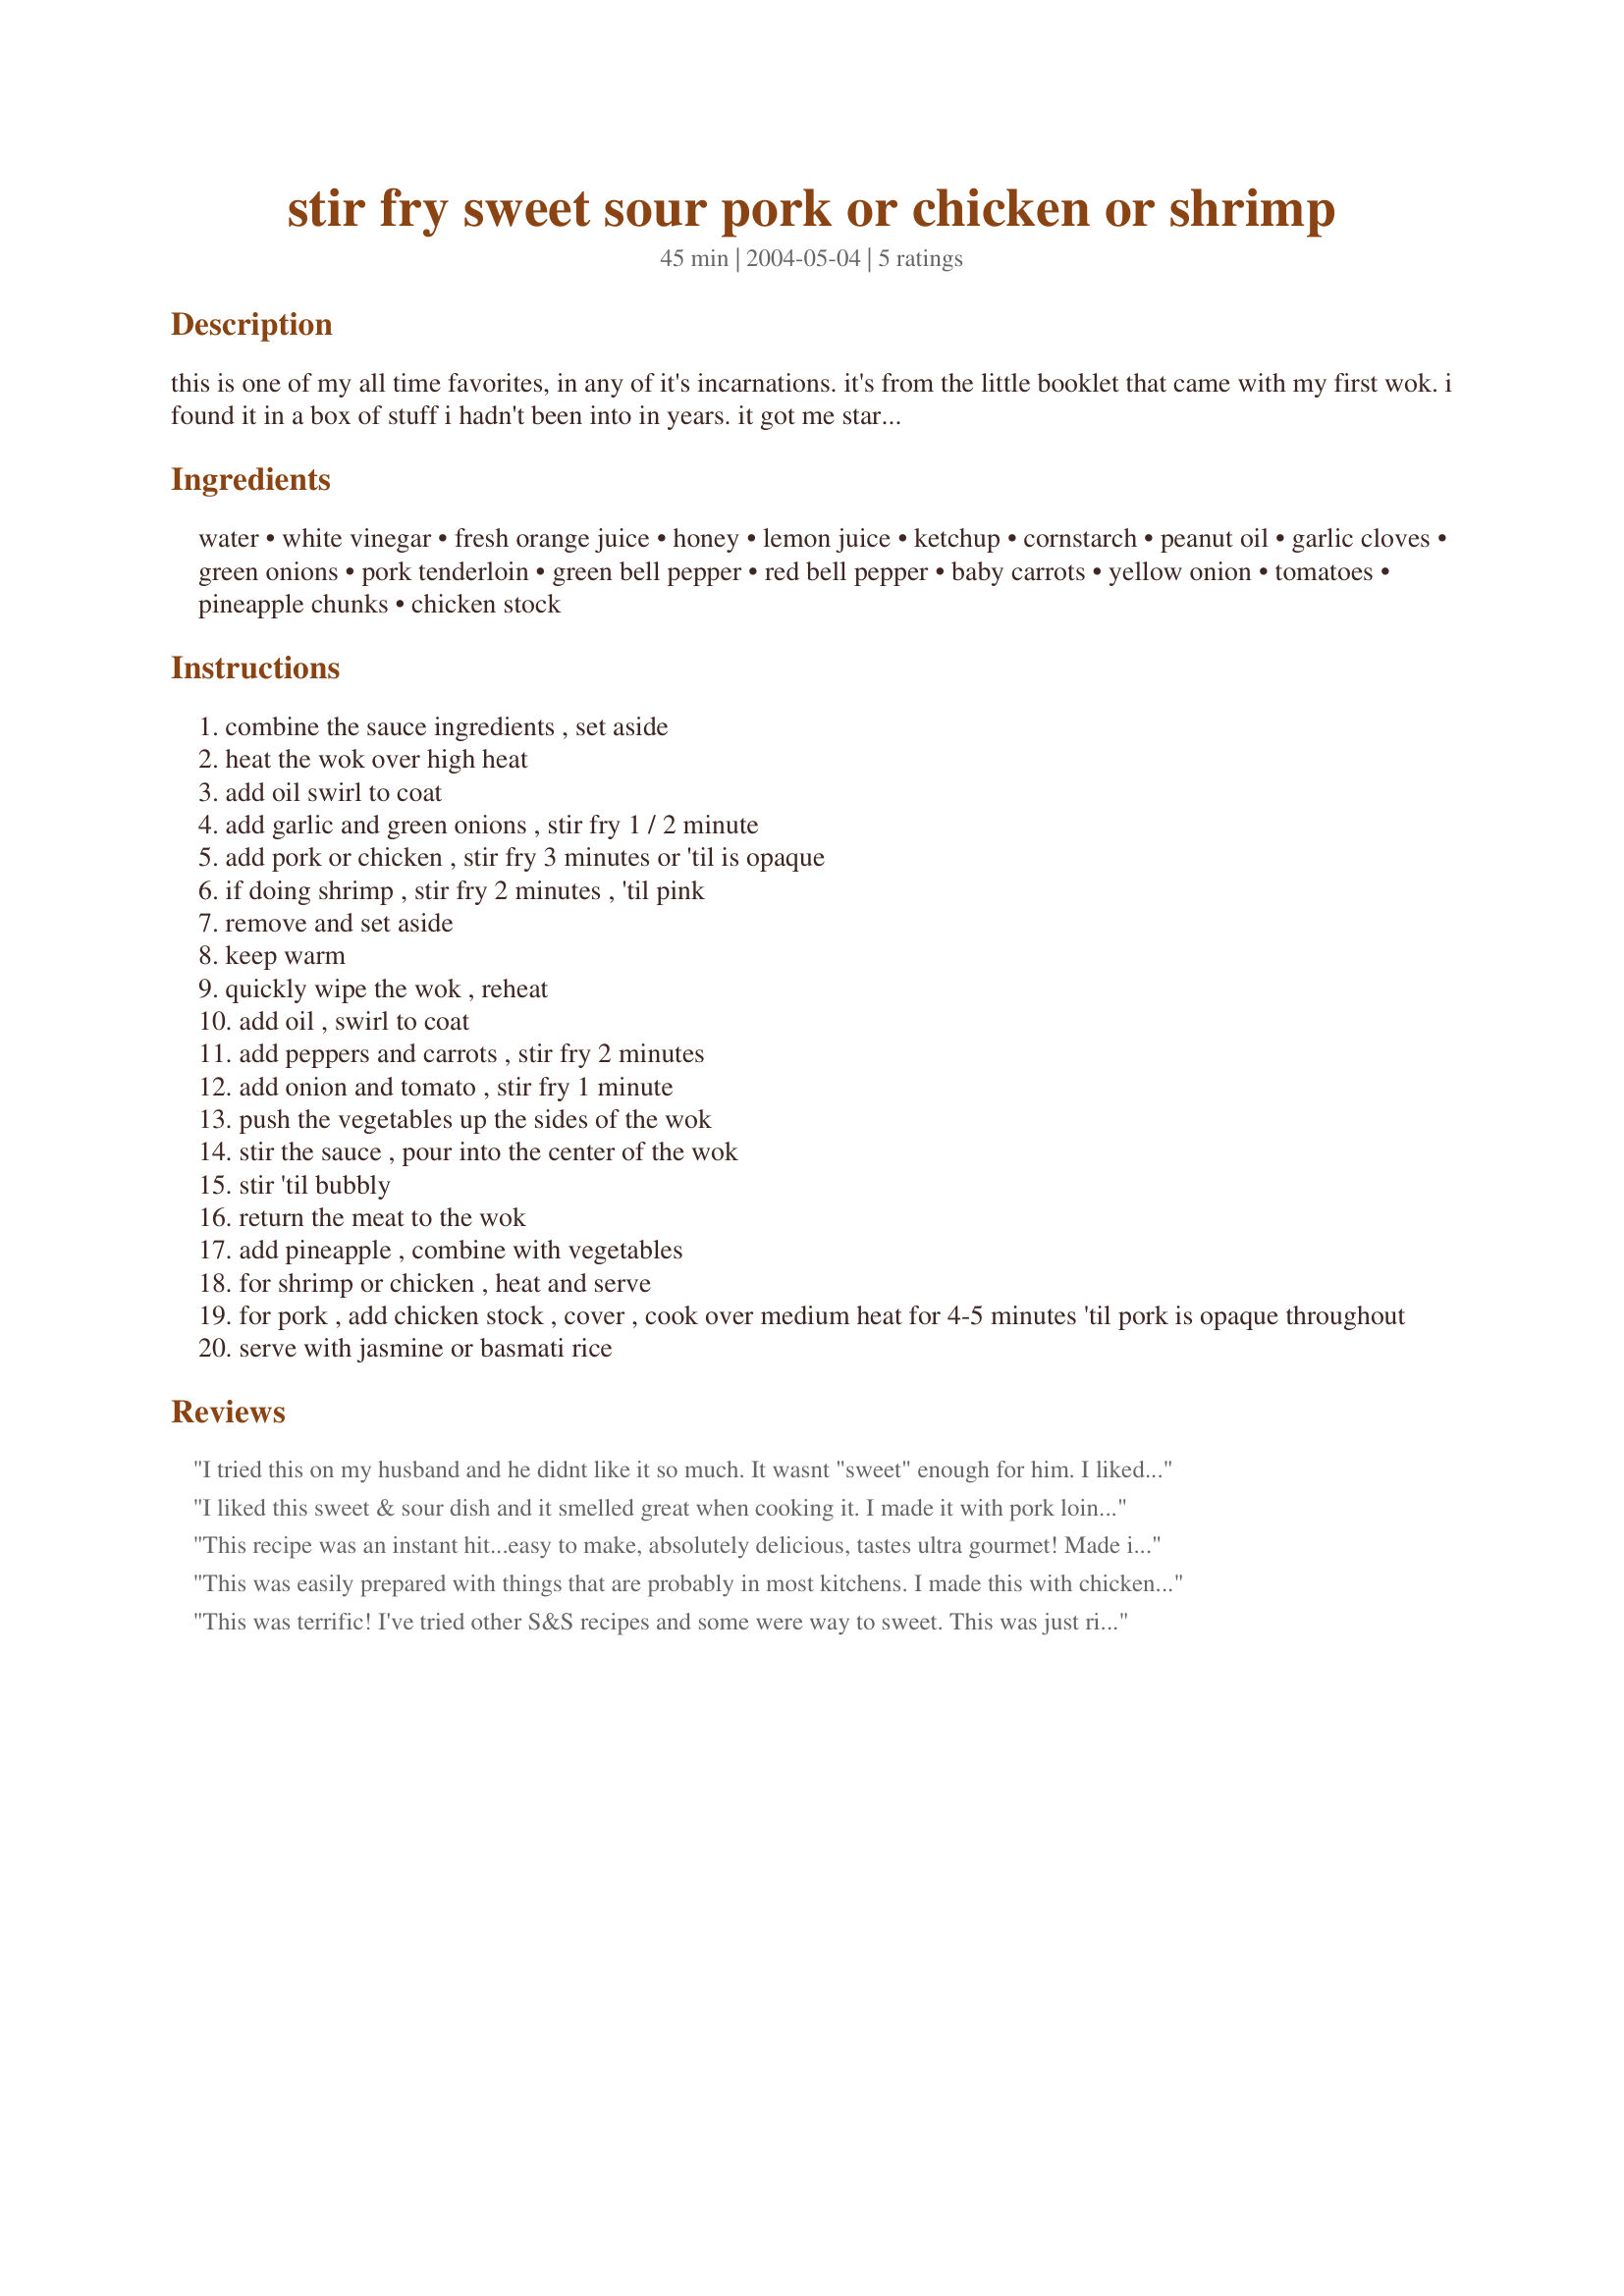
stir fry sweet sour pork or chicken or shrimp
Preparation time: 45 minutes

this is one of my all time favorites, in any of it's incarnations. it's from the little booklet that came with my first wok. i found it in a box of stuff i hadn't been into in years. it got me started on a stir fry binge. it's been fun to relive some of the fun i've had learning to stir fry. like most stir fries this one's quick, easy, and delicious. yield, prep, and cooking times are a guess.

Ingredients:
water, white vinegar, fresh orange juice, honey, lemon juice, ketchup, cornstarch, peanut oil, garlic cloves, green onions, pork tenderloin, green bell pepper, red bell pepper, baby carrots, yellow onion, tomatoes, pineapple chunks, chicken stock

Steps:
combine the sauce ingredients , set aside
heat the wok over high heat
add oil swirl to coat
add garlic and green onions , stir fry 1 / 2 minute
add pork or chicken , stir fry 3 minutes or 'til is opaque
if doing shrimp , stir fry 2 minutes , 'til pink
remove and set aside
keep warm
quickly wipe the wok , reheat
add oil , swirl to coat
add peppers and carrots , stir fry 2 minutes
add onion and tomato , stir fry 1 minute
push the vegetables up the sides of the wok
stir the sauce , pour into the center of the wok
stir 'til bubbly
return the meat to the wok
add pineapple , combine with vegetables
for shrimp or chicken , heat and serve
for pork , add chicken stock , cover , cook over medium heat for 4-5 minutes 'til pork is opaque throughout
serve with jasmine or basmati rice

Reviews:
I tried this on my husband and he didnt like it so much. It wasnt "sweet" enough for him. I liked the flavors, but I found the cornstarch a bit overwhelming on the pork.
I liked this sweet & sour dish and it smelled great when cooking it. I made it with pork loin chops and did add the chicken stock, but I think it would have been better to have left it out so the sauce was thicker and less diluted. Not my favorite sweet & sour, but it was still good. Thanks for sharing!
This recipe was an instant hit...easy to make, absolutely delicious, tastes ultra gourmet! Made it with chicken and then with pork, both were well received. I am very fond of Stir Frys and will be making this one often. I served this with the regular rice and the Basmati as well, made for a great meal. Thankyou for posting and sharing this recipe. Gerry 999
This was easily prepared with things that are probably in most kitchens. I made this with chicken and I think the lemon juice could omitted, I thought it was a bit tart, though that may be fine with the sweetness of shrimp. Easy, tasty, enjoyed! Thanks Pierre.
This was terrific! I've tried other S&S recipes and some were way to sweet. This was just right. I made mine with pork and used cut up pork loin chops. They were a little on the tough side, so if others want to use pork, I would suggest to others to stick with the pork tenderloin you recommend. I didn't add the lemon juice, but used some of the pineapple juice instead. I didn't end up adding the chicken stock as I liked the thickness of the sauce and didn't want to thin it out any. I served this with jasmine rice.
